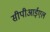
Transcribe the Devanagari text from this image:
सीपीआईएल